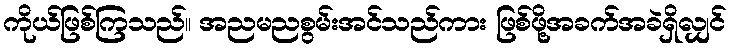
ကိုယ်ဖြစ်ကြသည်။ အညမညစွမ်းအင်သည်ကား ဖြစ်ဖို့အခက်အခဲရှိလျှင်